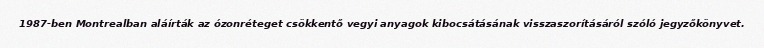
1987-ben Montrealban aláírták az ózonréteget csökkentő vegyi anyagok kibocsátásának visszaszorításáról szóló jegyzőkönyvet.